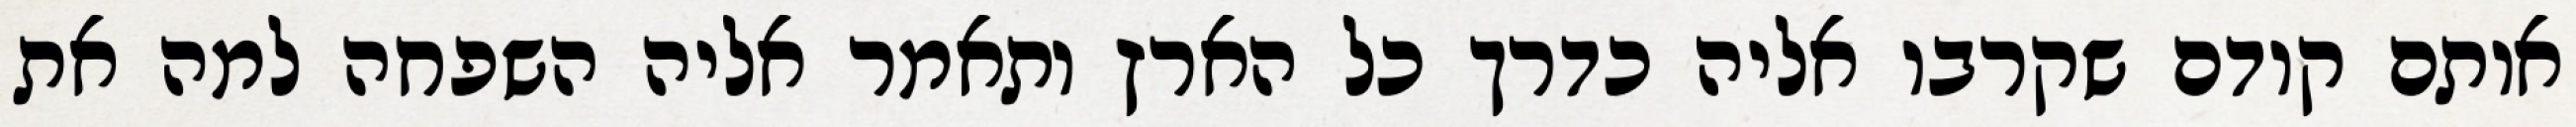
אותם קודם שקרבו אליה כדרך כל הארץ ותאמר אליה השפחה למה את